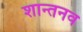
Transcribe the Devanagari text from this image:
शान्तनव